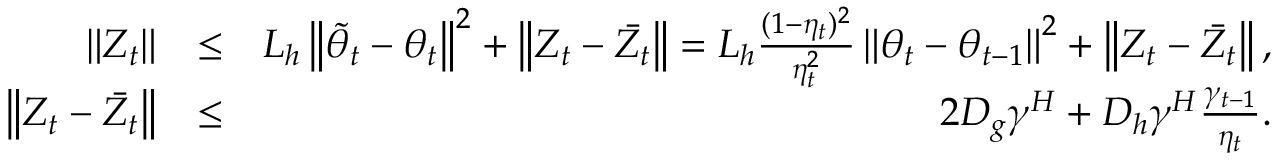
\begin{array} { r l r } { \left\| Z _ { t } \right\| } & { \leq } & { L _ { h } \left\| \tilde { \theta } _ { t } - \theta _ { t } \right\| ^ { 2 } + \left\| Z _ { t } - \bar { Z _ { t } } \right\| = L _ { h } \frac { ( 1 - \eta _ { t } ) ^ { 2 } } { \eta _ { t } ^ { 2 } } \left\| \theta _ { t } - \theta _ { t - 1 } \right\| ^ { 2 } + \left\| Z _ { t } - \bar { Z _ { t } } \right\| , } \\ { \left\| Z _ { t } - \bar { Z _ { t } } \right\| } & { \leq } & { 2 D _ { g } \gamma ^ { H } + D _ { h } \gamma ^ { H } \frac { \gamma _ { t - 1 } } { \eta _ { t } } . } \end{array}